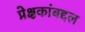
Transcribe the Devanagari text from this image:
प्रेक्षकांबद्दल